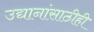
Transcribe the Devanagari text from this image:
उद्यानांसाठीही